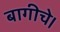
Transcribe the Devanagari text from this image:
बागीचे।